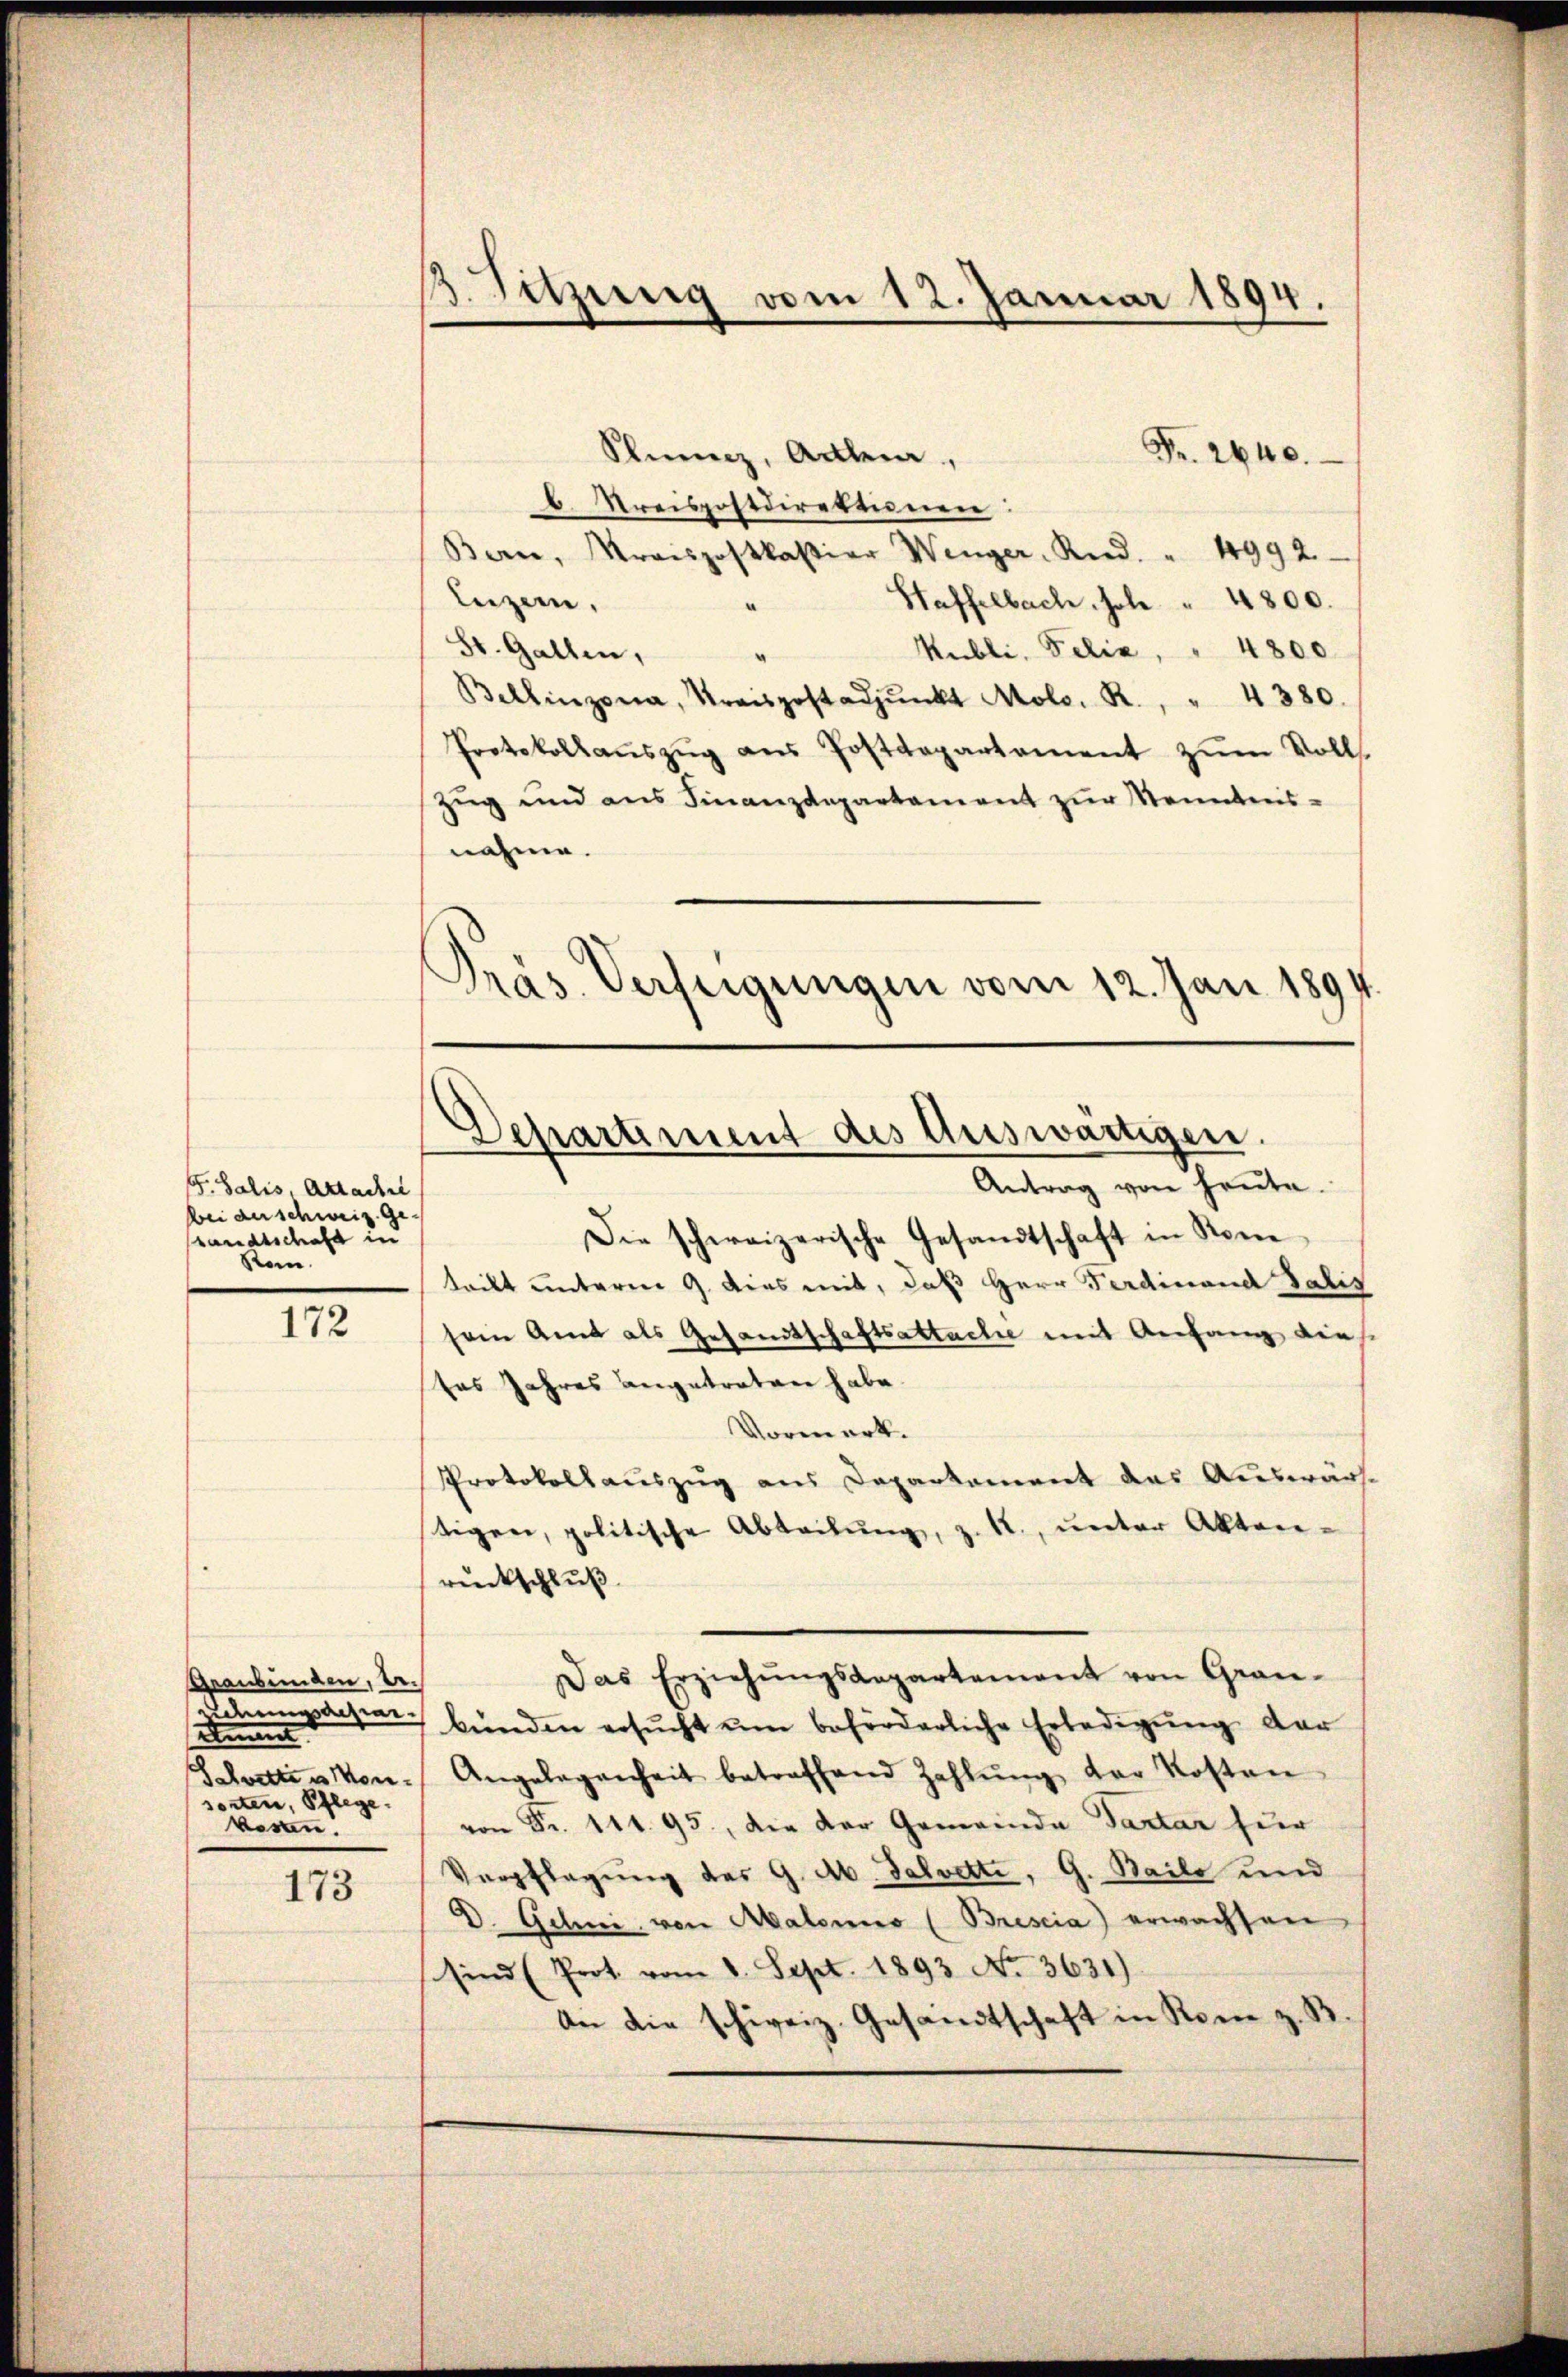
G. Salis Academi
bei anschweiz. Gestandtschaft in
Rom.

172

Graubünden, u.
dungsaisier
e
Schwette es Monsorten, Pflege.
wesen.

173

1
Sitzung vom 12. Januar 1894.

Fr. 2640
Sliunz, Anlein,
b. Kreispostdirektionen
Bern, Kraispostkassier Wenger, Rud. " 4992.
Luzern,
Haffelbach, sole " 4800.
St. Gallen,
Kubli, Felia, " 4800
Bellinzona, Kraispostadpŭnkt Molo. R., " 4380.
Protokollaŭszŭg ans Postdepartament zŭm Volls-
Zug und aus Finanzdepartement zur Sonntens-
nahme.
Präs. Verfügungen vom 12. Juni 1891.

Departiment des Auswärtigen.
Antrag von heute.

Die schweizerische Gesandtschaft in Rome
tritt unterm 9. dies mit, daß Herr Ferdinand Salis
sein Amt als Gesandtschaftsattachte mit Anfang dies
tes Jahres angetreten habe.
Vormerk.
Protokollauszug aus Departement das Auswärtigen, politische Abteilŭng, z. R., unter Akten.
rückschluß
Das Erziehŭngsdepartement von Gran-
bünden ersŭcht ŭm beförderliche Erledigŭng der
Angelegenheit betreffend Zahlŭng der Kosten
von Fr. 111. 95., die der Gemeinde Tartar für
Verpflegung des G. Ab. Talvetti, G. Baile und
D. Gelii von Aalomo (Brescia) erwachsen
sind (Prot. vom 1. Sept. 1893 No 3631)
An die schweiz. Gesandtschaft in Rom z. B